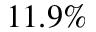
1 1 . 9 \%